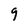
Character: 9